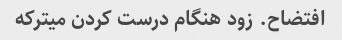
افتضاح. زود هنگام درست کردن میترکه